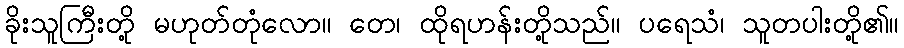
ခိုးသူကြီးတို့ မဟုတ်တုံလော။ တေ၊ ထိုရဟန်းတို့သည်။ ပရေသံ၊ သူတပါးတို့၏။